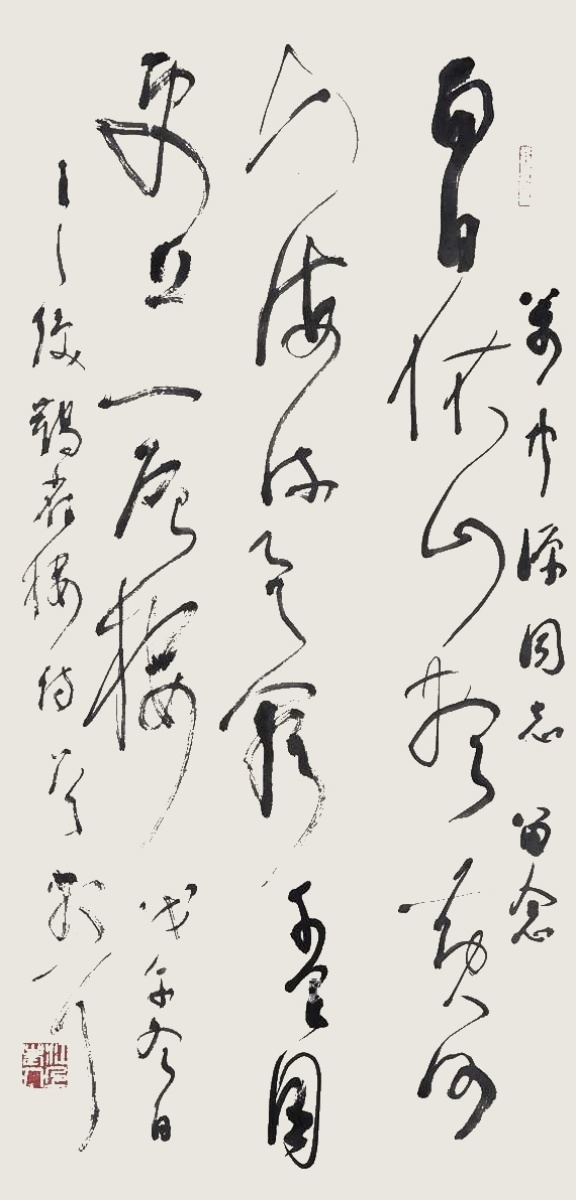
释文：白日依山尽，黄河入海流。欲穷千里目，更上一层楼。万中源同志留念。戊午冬日，王之涣鹳雀楼诗一首。散耳。